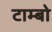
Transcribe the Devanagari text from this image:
टाम्‍बो